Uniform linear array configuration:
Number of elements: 64
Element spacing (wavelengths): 0.25
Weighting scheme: hann
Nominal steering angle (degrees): -45
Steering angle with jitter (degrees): -46.124
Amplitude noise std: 0.05
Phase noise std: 0.05

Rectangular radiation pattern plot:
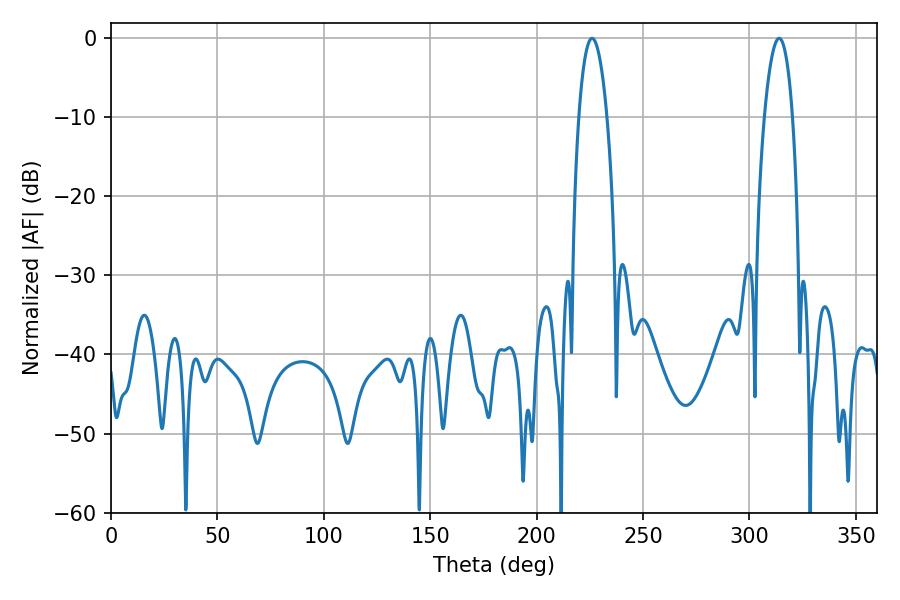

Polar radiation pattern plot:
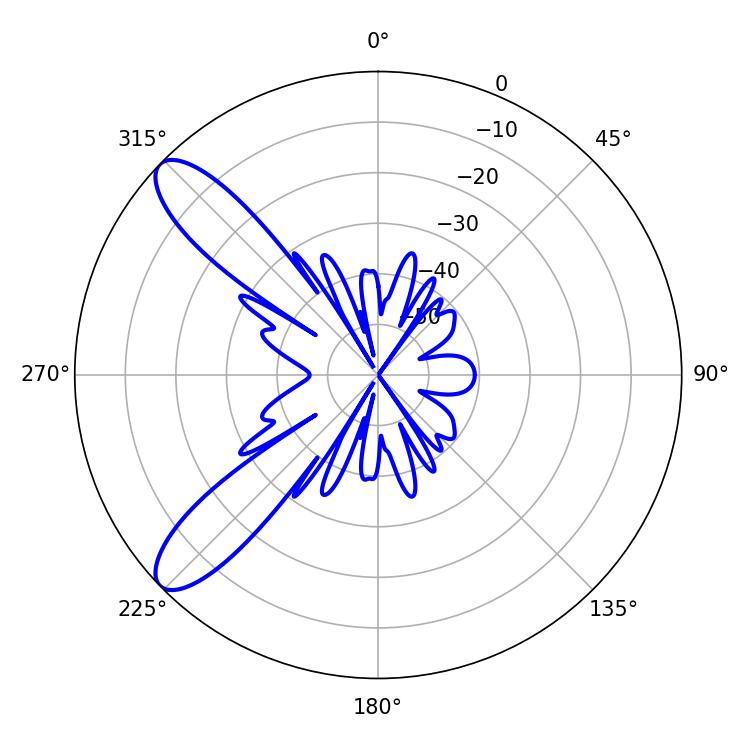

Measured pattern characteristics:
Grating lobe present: FALSE
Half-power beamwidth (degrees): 7.38
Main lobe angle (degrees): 226.08